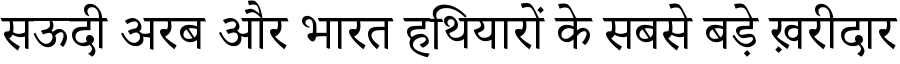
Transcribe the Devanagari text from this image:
सऊदी अरब और भारत हथियारों के सबसे बड़े ख़रीदार